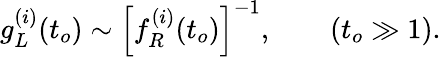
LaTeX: g_{L}^{(i)}(t_{o})\sim\left[f_{R}^{(i)}(t_{o})\right]^{-1},\quad\quad(t_{o}\gg 1).